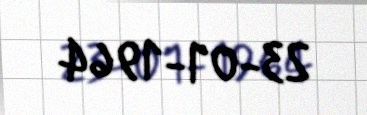
23-01-1964